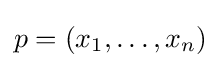
p=(x_{1},\ldots ,x_{n})